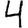
Digit: 4